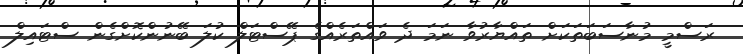
ރަސްމީ މުނާސަބަތަކަށް ތައްޔާރުވާ ނަމަ ދެ ވައްތަރެއްގެ ޕޭސްޓަލް ކުލަ ބޭނުންކޮށްގެން ސްޓައިލް